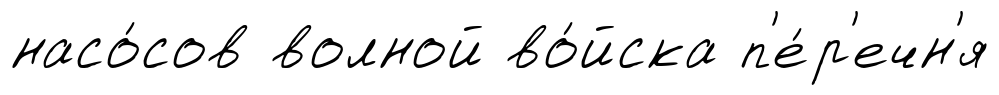
насо́сов волной во́йска п'е́р'ечн'я